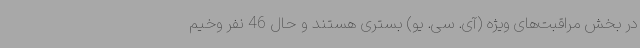
در بخش مراقبت‌های ویژه (آی. سی. یو) بستری هستند و حال 46 نفر وخیم